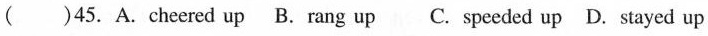
( )45. A. cheered up B. rang up C. speeded up D.stayed up